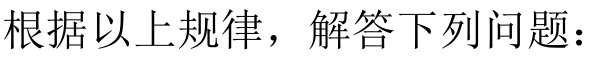
根据以上规律，解答下列问题：